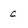
Character: c